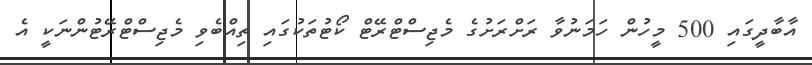
އާބާދީގައި 500 މީހުން ހަމަނުވާ ރަށްރަށުގެ މެޖިސްޓްރޭޓް ކޯޓުތަކުގައި ތިއްބެވި މެޖިސްޓްރޭޓުންނަކީ އެ